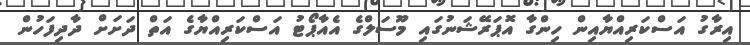
އިރާގު އަސްކަރިއްޔާއިން ހިންގާ އޮޕަރޭޝަނުގައި މޫސަލްގެ އެއާޕޯޓު އަސްކަރިއްޔާގެ އަތް ދަށަށް ދާދިފަހުން